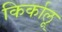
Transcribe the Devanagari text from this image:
किर्कालू